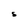
Character: S